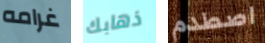
غرامه ذهابك اصطدم